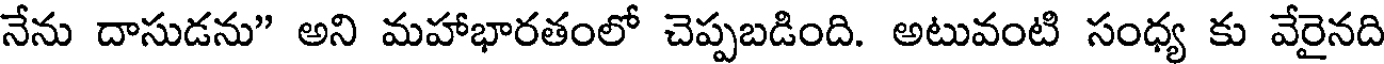
నేను దాసుడను" అని మహాభారతంలో చెప్పబడింది. అటువంటి సంధ్య కు వేరైనది